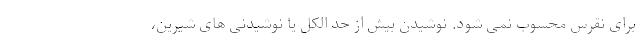
برای نقرس محسوب نمی شود. نوشیدن بیش از حد الکل یا نوشیدنی های شیرین،